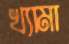
খ্যামা